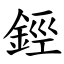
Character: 鋞